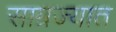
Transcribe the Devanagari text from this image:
साम्रज्यात